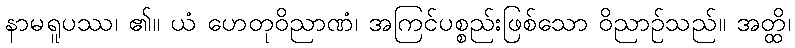
နာမရူပဿ၊ ၏။ ယံ ဟေတုဝိညာဏံ၊ အကြင်ပစ္စည်းဖြစ်သော ဝိညာဉ်သည်။ အတ္ထိ၊